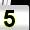
Digit: 5